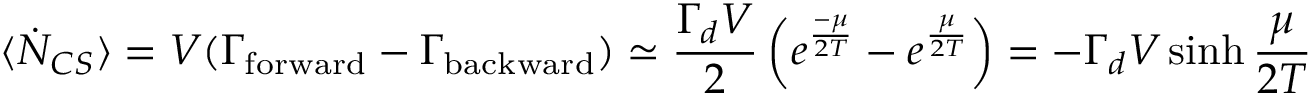
\langle \dot { N } _ { C S } \rangle = V ( \Gamma _ { \mathrm { f o r w a r d } } - \Gamma _ { \mathrm { b a c k w a r d } } ) \simeq \frac { \Gamma _ { d } V } { 2 } \left( e ^ { \frac { - \mu } { 2 T } } - e ^ { \frac { \mu } { 2 T } } \right) = - \Gamma _ { d } V \sinh \frac { \mu } { 2 T }